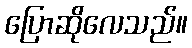
ပြောဆိုလေသည်။